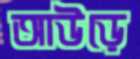
আউড়ে